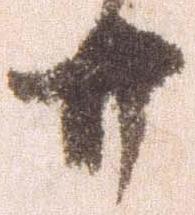
廿